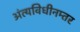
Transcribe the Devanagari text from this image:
अंत्यविधीनम्तर